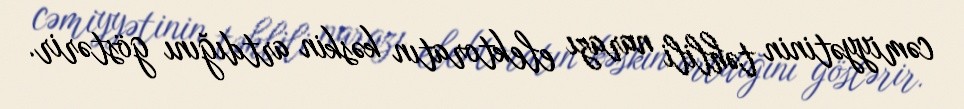
cəmiyyətinin təhlili narazı elektoratın kəskin artdığını göstərir.